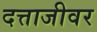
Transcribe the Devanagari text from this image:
दत्ताजीवर